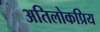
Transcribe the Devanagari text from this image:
अतिलोकप्रिय